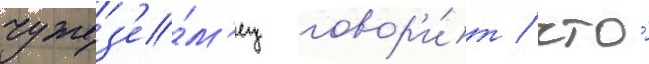
чужез'е́м'ец говор'и́т / что́